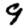
Digit: 9